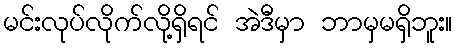
မင်းလုပ်လိုက်လို့ရှိရင် အဲဒီမှာ ဘာမှမရှိဘူး။